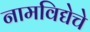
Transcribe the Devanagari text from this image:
नामविद्येचे